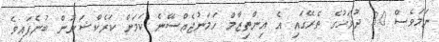
ނަމަވެސް 30 ދުވަހުގެ ތެރޭގައި އެ އިންތިޒާމް ހަމަނުޖެއްސޭނެ ކަމަށް ކަރެކްޝަނުން ބުނެފައިވެ